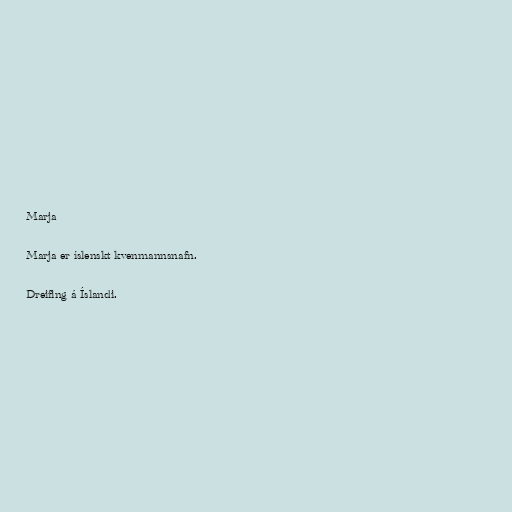
Marja

Marja er íslenskt kvenmannsnafn.

Dreifing á Íslandi.